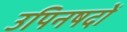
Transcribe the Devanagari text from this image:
उपिनषदों